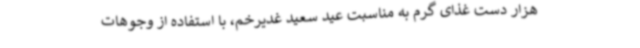
هزار دست غذای گرم به مناسبت عید سعید غدیرخم، با استفاده از وجوهات